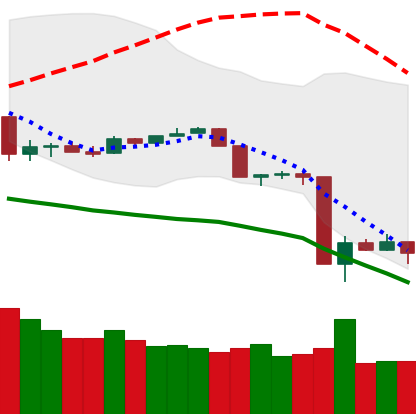
Ticker: TRX-USD
Chart end date: 2020-03-16
Forward return: 17.446%
Label: up_7plus